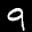
Label: 9